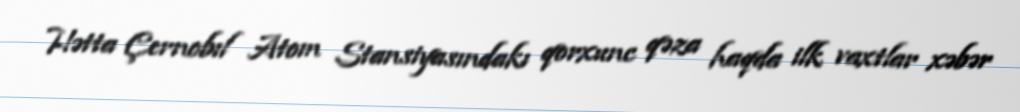
Hətta Çernobıl Atom Stansiyasındakı qorxunc qəza haqda ilk vaxtlar xəbər